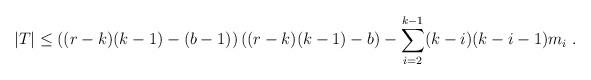
LaTeX: \begin{align*} |T|\leq \left((r-k)(k-1)-(b-1)\right)\left((r-k)(k-1)-b\right)-\sum^{k-1}_{i=2}(k-i)(k-i-1)m_{i}\;. \end{align*}